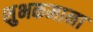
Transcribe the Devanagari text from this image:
शुभकमाना